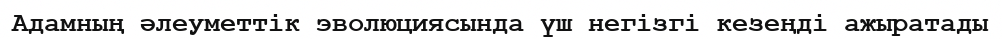
Адамның әлеуметтік эволюциясында үш негізгі кезеңді ажыратады